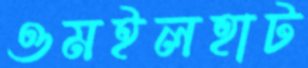
ওমইলহাট